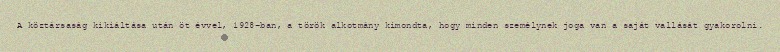
A köztársaság kikiáltása után öt évvel, 1928-ban, a török alkotmány kimondta, hogy minden személynek joga van a saját vallását gyakorolni.